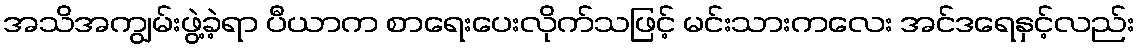
အသိအကျွမ်းဖွဲ့ခဲ့ရာ ပီယာက စာရေးပေးလိုက်သဖြင့် မင်းသားကလေး အင်ဒရေနှင့်လည်း